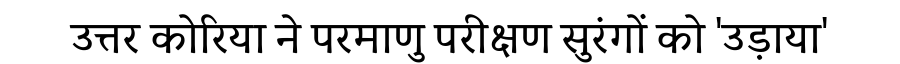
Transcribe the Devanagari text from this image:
उत्तर कोरिया ने परमाणु परीक्षण सुरंगों को 'उड़ाया'